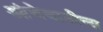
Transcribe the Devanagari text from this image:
आंबेवाडीला